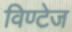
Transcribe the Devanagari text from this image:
विण्टेज